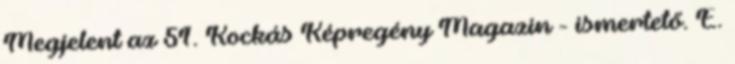
Megjelent az 51. Kockás Képregény Magazin - ismertető. E.